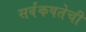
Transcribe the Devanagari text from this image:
सर्वंकषतेची